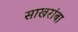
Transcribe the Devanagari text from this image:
साखरांबा